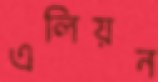
এলিয়ন